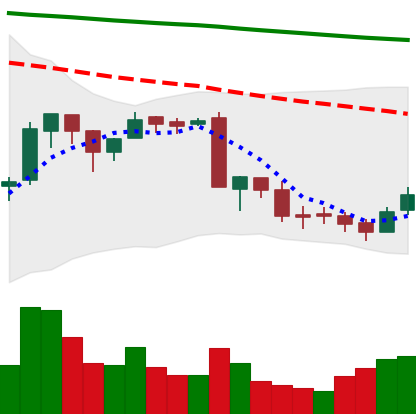
Ticker: BNB-USD
Chart end date: 2018-09-14
Forward return: -3.132%
Label: down_3_5